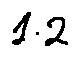
1 . 2